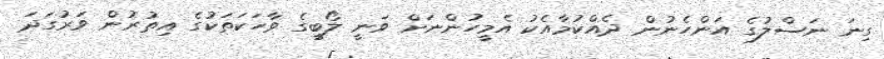
ގިނަ ނަސްލުގެ އަންހެނުން ދެއްކުމާއެކު އެމީހުންނަށް ވަނީ ލޯބީގެ ވާހަކަތަކުގެ އިތުރުން ވަރުގަދަ